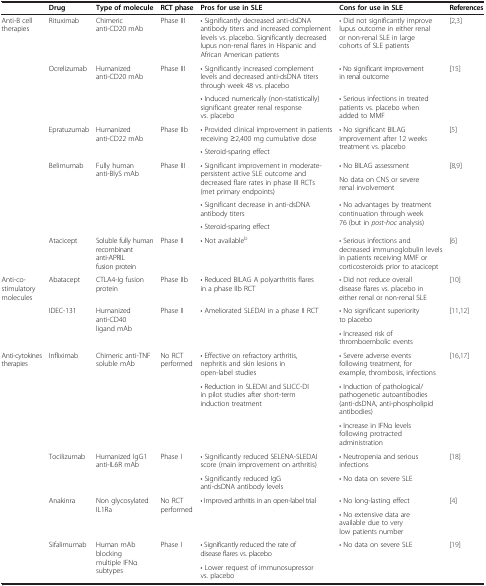
<table><thead><tr><td><b> </b></td><td><b>Drug</b></td><td><b>Type of molecule</b></td><td><b>RCT phase</b></td><td><b>Pros for use in SLE</b></td><td><b>Cons for use in SLE</b></td><td><b>References</b></td></tr></thead><tbody><tr><td rowspan="10">Anti-B cell therapies</td><td>Rituximab</td><td>Chimeric anti-CD20 mAb</td><td>Phase III</td><td>• Significantly decreased anti-dsDNA antibody titers and increased complement levels vs. placebo. Significantly decreased lupus non-renal flares in Hispanic and African American patients</td><td>• Did not significantly improve lupus outcome in either renal or non-renal SLE in large cohorts of SLE patients</td><td>[2,3]</td></tr><tr><td rowspan="2">Ocrelizumab</td><td rowspan="2">Humanized anti-CD20 mAb</td><td rowspan="2">Phase III</td><td>• Significantly increased complement levels and decreased anti-dsDNA titers through week 48 vs. placebo</td><td>• No significant improvement in renal outcome</td><td rowspan="2">[15]</td></tr><tr><td>• Induced numerically (non-statistically) significant greater renal response vs. placebo</td><td>• Serious infections in treated patients vs. placebo when added to MMF</td></tr><tr><td rowspan="2">Epratuzumab</td><td rowspan="2">Humanized anti-CD22 mAb</td><td rowspan="2">Phase IIb</td><td>• Provided clinical improvement in patients receiving ≥2,400 mg cumulative dose</td><td rowspan="2">• No significant BILAG improvement after 12 weeks treatment vs. placebo</td><td rowspan="2">[5]</td></tr><tr><td>• Steroid-sparing effect</td></tr><tr><td rowspan="4">Belimumab</td><td rowspan="4">Fully human anti-BlyS mAb</td><td rowspan="4">Phase III</td><td rowspan="2">• Significant improvement in moderate-persistent active SLE outcome and decreased flare rates in phase III RCTs (met primary endpoints)</td><td>• No BILAG assessment</td><td rowspan="4">[8,9]</td></tr><tr><td>No data on CNS or severe renal involvement</td></tr><tr><td>• Significant decrease in anti-dsDNA antibody titers</td><td rowspan="2">• No advantages by treatment continuation through week 76 (but in <i>post-hoc</i> analysis)</td></tr><tr><td>• Steroid-sparing effect</td></tr><tr><td>Atacicept</td><td>Soluble fully human recombinant anti-APRIL fusion protein</td><td>Phase II</td><td>• Not available<sup>b</sup></td><td>• Serious infections and decreased immunoglobulin levels in patients receiving MMF or corticosteroids prior to atacicept</td><td>[6]</td></tr><tr><td rowspan="3">Anti-co-stimulatory molecules</td><td>Abatacept</td><td>CTLA4-Ig fusion protein</td><td>Phase IIb</td><td>• Reduced BILAG A polyarthritis flares in a phase IIb RCT</td><td>• Did not reduce overall disease flares vs. placebo in either renal or non-renal SLE</td><td>[10]</td></tr><tr><td rowspan="2">IDEC-131</td><td rowspan="2">Humanized anti-CD40 ligand mAb</td><td rowspan="2">Phase II</td><td rowspan="2">• Ameliorated SLEDAI in a phase II RCT</td><td>• No significant superiority to placebo</td><td rowspan="2">[11,12]</td></tr><tr><td>• Increased risk of thromboembolic events</td></tr><tr><td rowspan="9">Anti-cytokines therapies</td><td rowspan="3">Infliximab</td><td rowspan="3">Chimeric anti-TNF soluble mAb</td><td rowspan="3">No RCT performed</td><td>• Effective on refractory arthritis, nephritis and skin lesions in open-label studies</td><td>• Severe adverse events following treatment, for example, thrombosis, infections</td><td rowspan="3">[16,17]</td></tr><tr><td rowspan="2">• Reduction in SLEDAI and SLICC-DI in pilot studies after short-term induction treatment</td><td>• Induction of pathological/pathogenetic autoantibodies (anti-dsDNA, anti-phospholipid antibodies)</td></tr><tr><td>• Increase in IFNα levels following protracted administration</td></tr><tr><td rowspan="2">Tocilizumab</td><td rowspan="2">Humanized IgG1 anti-IL6R mAb</td><td rowspan="2">Phase I</td><td>• Significantly reduced SELENA-SLEDAI score (main improvement on arthritis)</td><td>• Neutropenia and serious infections</td><td rowspan="2">[18]</td></tr><tr><td>• Significantly reduced IgG anti-dsDNA antibody levels</td><td>• No data on severe SLE</td></tr><tr><td rowspan="2">Anakinra</td><td rowspan="2">Non glycosylated IL1Ra</td><td rowspan="2">No RCT performed</td><td rowspan="2">• Improved arthritis in an open-label trial</td><td>• No long-lasting effect</td><td rowspan="2">[4]</td></tr><tr><td>• No extensive data are available due to very low patients number</td></tr><tr><td rowspan="2">Sifalimumab</td><td rowspan="2">Human mAb blocking multiple IFNα subtypes</td><td rowspan="2">Phase I</td><td>• Significantly reduced the rate of disease flares vs. placebo</td><td rowspan="2">• No data on severe SLE</td><td rowspan="2">[19]</td></tr><tr><td>• Lower request of immunosupressor vs. placebo</td></tr></tbody></table>